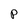
Character: P